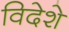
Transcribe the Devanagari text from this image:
विदेशे